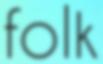
folk